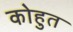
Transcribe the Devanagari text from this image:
कोहुत